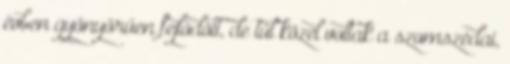
évben gyönyörűen fejlődött, de túl közel voltak a szomszédai,